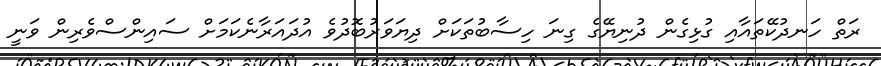
ރަތް ހަނދުކޭތައާއި ގުޅިގެން ދުނިޔޭގެ ގިނަ ހިސާބުތަކަށް ދިޔަވަރުބޮދުވެ އުދައަރާނެކަމަށް ސައިންސްވެރިން ވަނީ